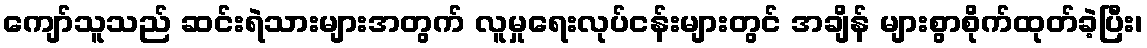
ကျော်သူသည် ဆင်းရဲသားများအတွက် လူမှုရေးလုပ်ငန်းများတွင် အချိန် များစွာစိုက်ထုတ်ခဲ့ပြီး၊